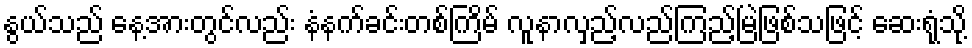
နွယ်သည် နေ့အားတွင်လည်း နံနက်ခင်းတစ်ကြိမ် လူနာလှည့်လည်ကြည့်မြဲဖြစ်သဖြင့် ဆေးရုံသို့